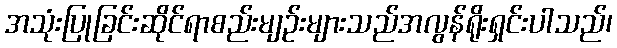
အသုံးပြုခြင်းဆိုင်ရာစည်းမျဉ်းများသည်အလွန်ရိုးရှင်းပါသည်၊